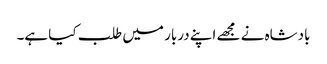
بادشاہ نے مجھے اپنے دربار میں طلب کیا ہے۔